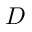
D